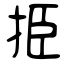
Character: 挋